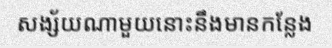
សង្ស័យណាមួយនោះនឹងមានកន្លែង